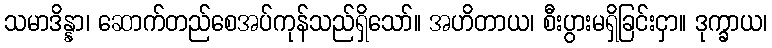
သမာဒိန္နာ၊ ဆောက်တည်စေအပ်ကုန်သည်ရှိသော်။ အဟိတာယ၊ စီးပွားမရှိခြင်းငှာ။ ဒုက္ခာယ၊